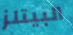
البيتلز